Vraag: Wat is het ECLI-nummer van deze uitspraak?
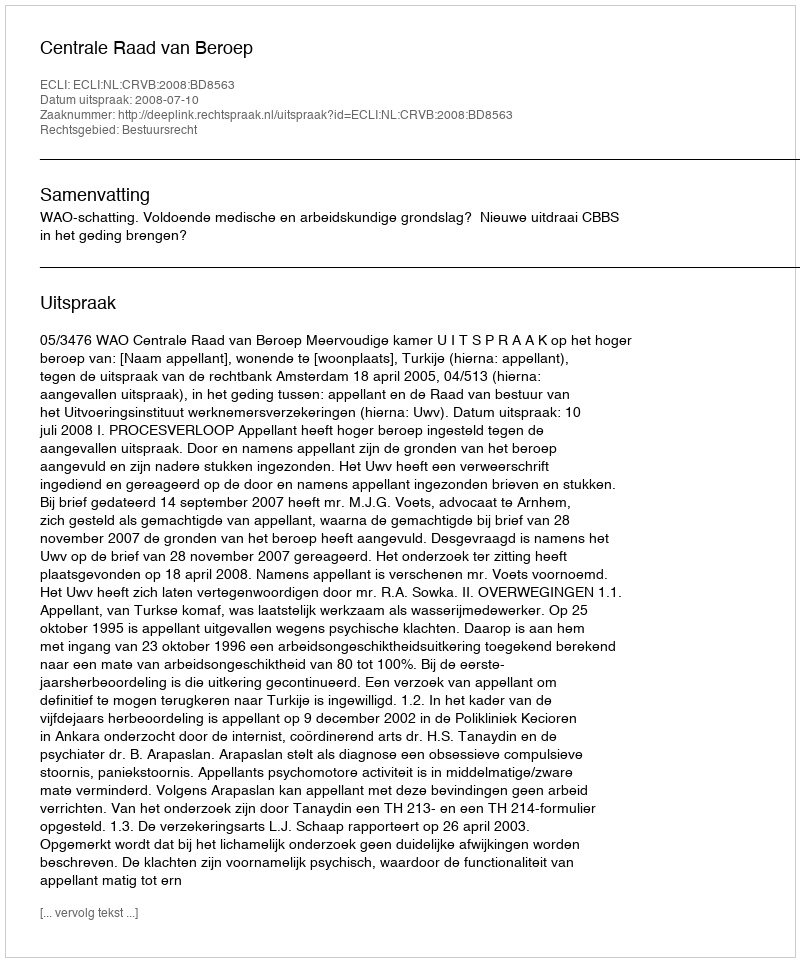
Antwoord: ECLI:NL:CRVB:2008:BD8563